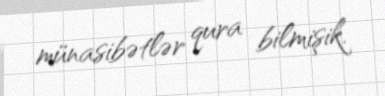
münasibətlər qura bilmişik.